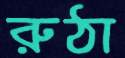
রুঠা